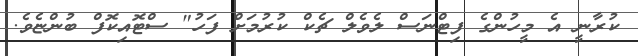
ކުރާނީ އެ މީހުންގެ ފިޓްނަސް ލެވެލް ޗެކް ކުރުމަށް ފަހު" ސްޓޮއިކޮފް ބުންޏެވެ.